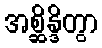
အစ္ဆိန္ဒိတွာ